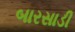
બારસાડી